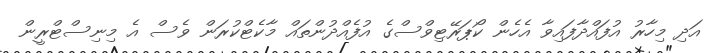
އަދި މިހާރު އުފައްދާފައިވާ އެހެން ކޯޕަރޭޓިވްސްގެ އުފެއްދުންތައް މާކެޓްކުރަން ވެސް އެ މިނިސްޓްރީން